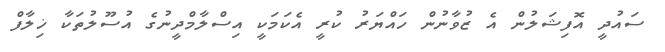
ސައުދީ އޮފިޝަލުން އެ ޒުވާނުން ހައްޔަރު ކުރީ އެކަމަކީ އިސްލާމްދީނުގެ އުސޫލުތަކާ ޚިލާފް